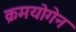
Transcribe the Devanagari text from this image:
क्रमयोगेन